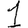
Digit: 1